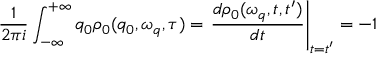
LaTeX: \frac { 1 } { 2 \pi i } \int _ { - \infty } ^ { + \infty } q _ { 0 } \rho _ { 0 } ( q _ { 0 } , \omega _ { q } , \tau ) = \left. \frac { d \rho _ { 0 } ( \omega _ { q } , t , t ^ { \prime } ) } { d t } \right\vert _ { t = t ^ { \prime } } = - 1